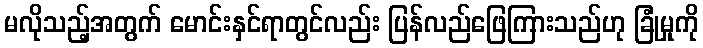
မလိုသည့်အတွက် မောင်းနှင်ရာတွင်လည်း ပြန်လည်ဖြေကြားသည်ဟု ခြုံမှုကို